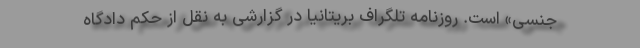
جنسی» است. روزنامه تلگراف بریتانیا در گزارشی به نقل از حکم دادگاه